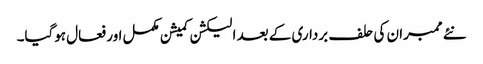
نئے ممبران کی حلف برداری کے بعد الیکشن کمیشن مکمل اور فعال ہوگیا۔